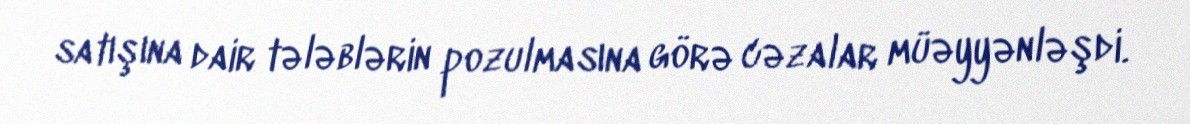
satışına dair tələblərin pozulmasına görə cəzalar müəyyənləşdi.